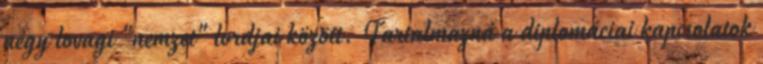
négy lovagi "nemzet" lordjai között. Tartalmazná a diplomáciai kapcsolatok